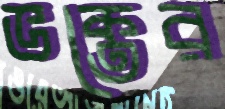
ভক্তের